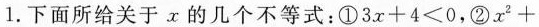
1. 下面所给关于 x 的几个不等式：① $$3 x + 4 ≤ 0$$，② $$x ^ { 2 } +